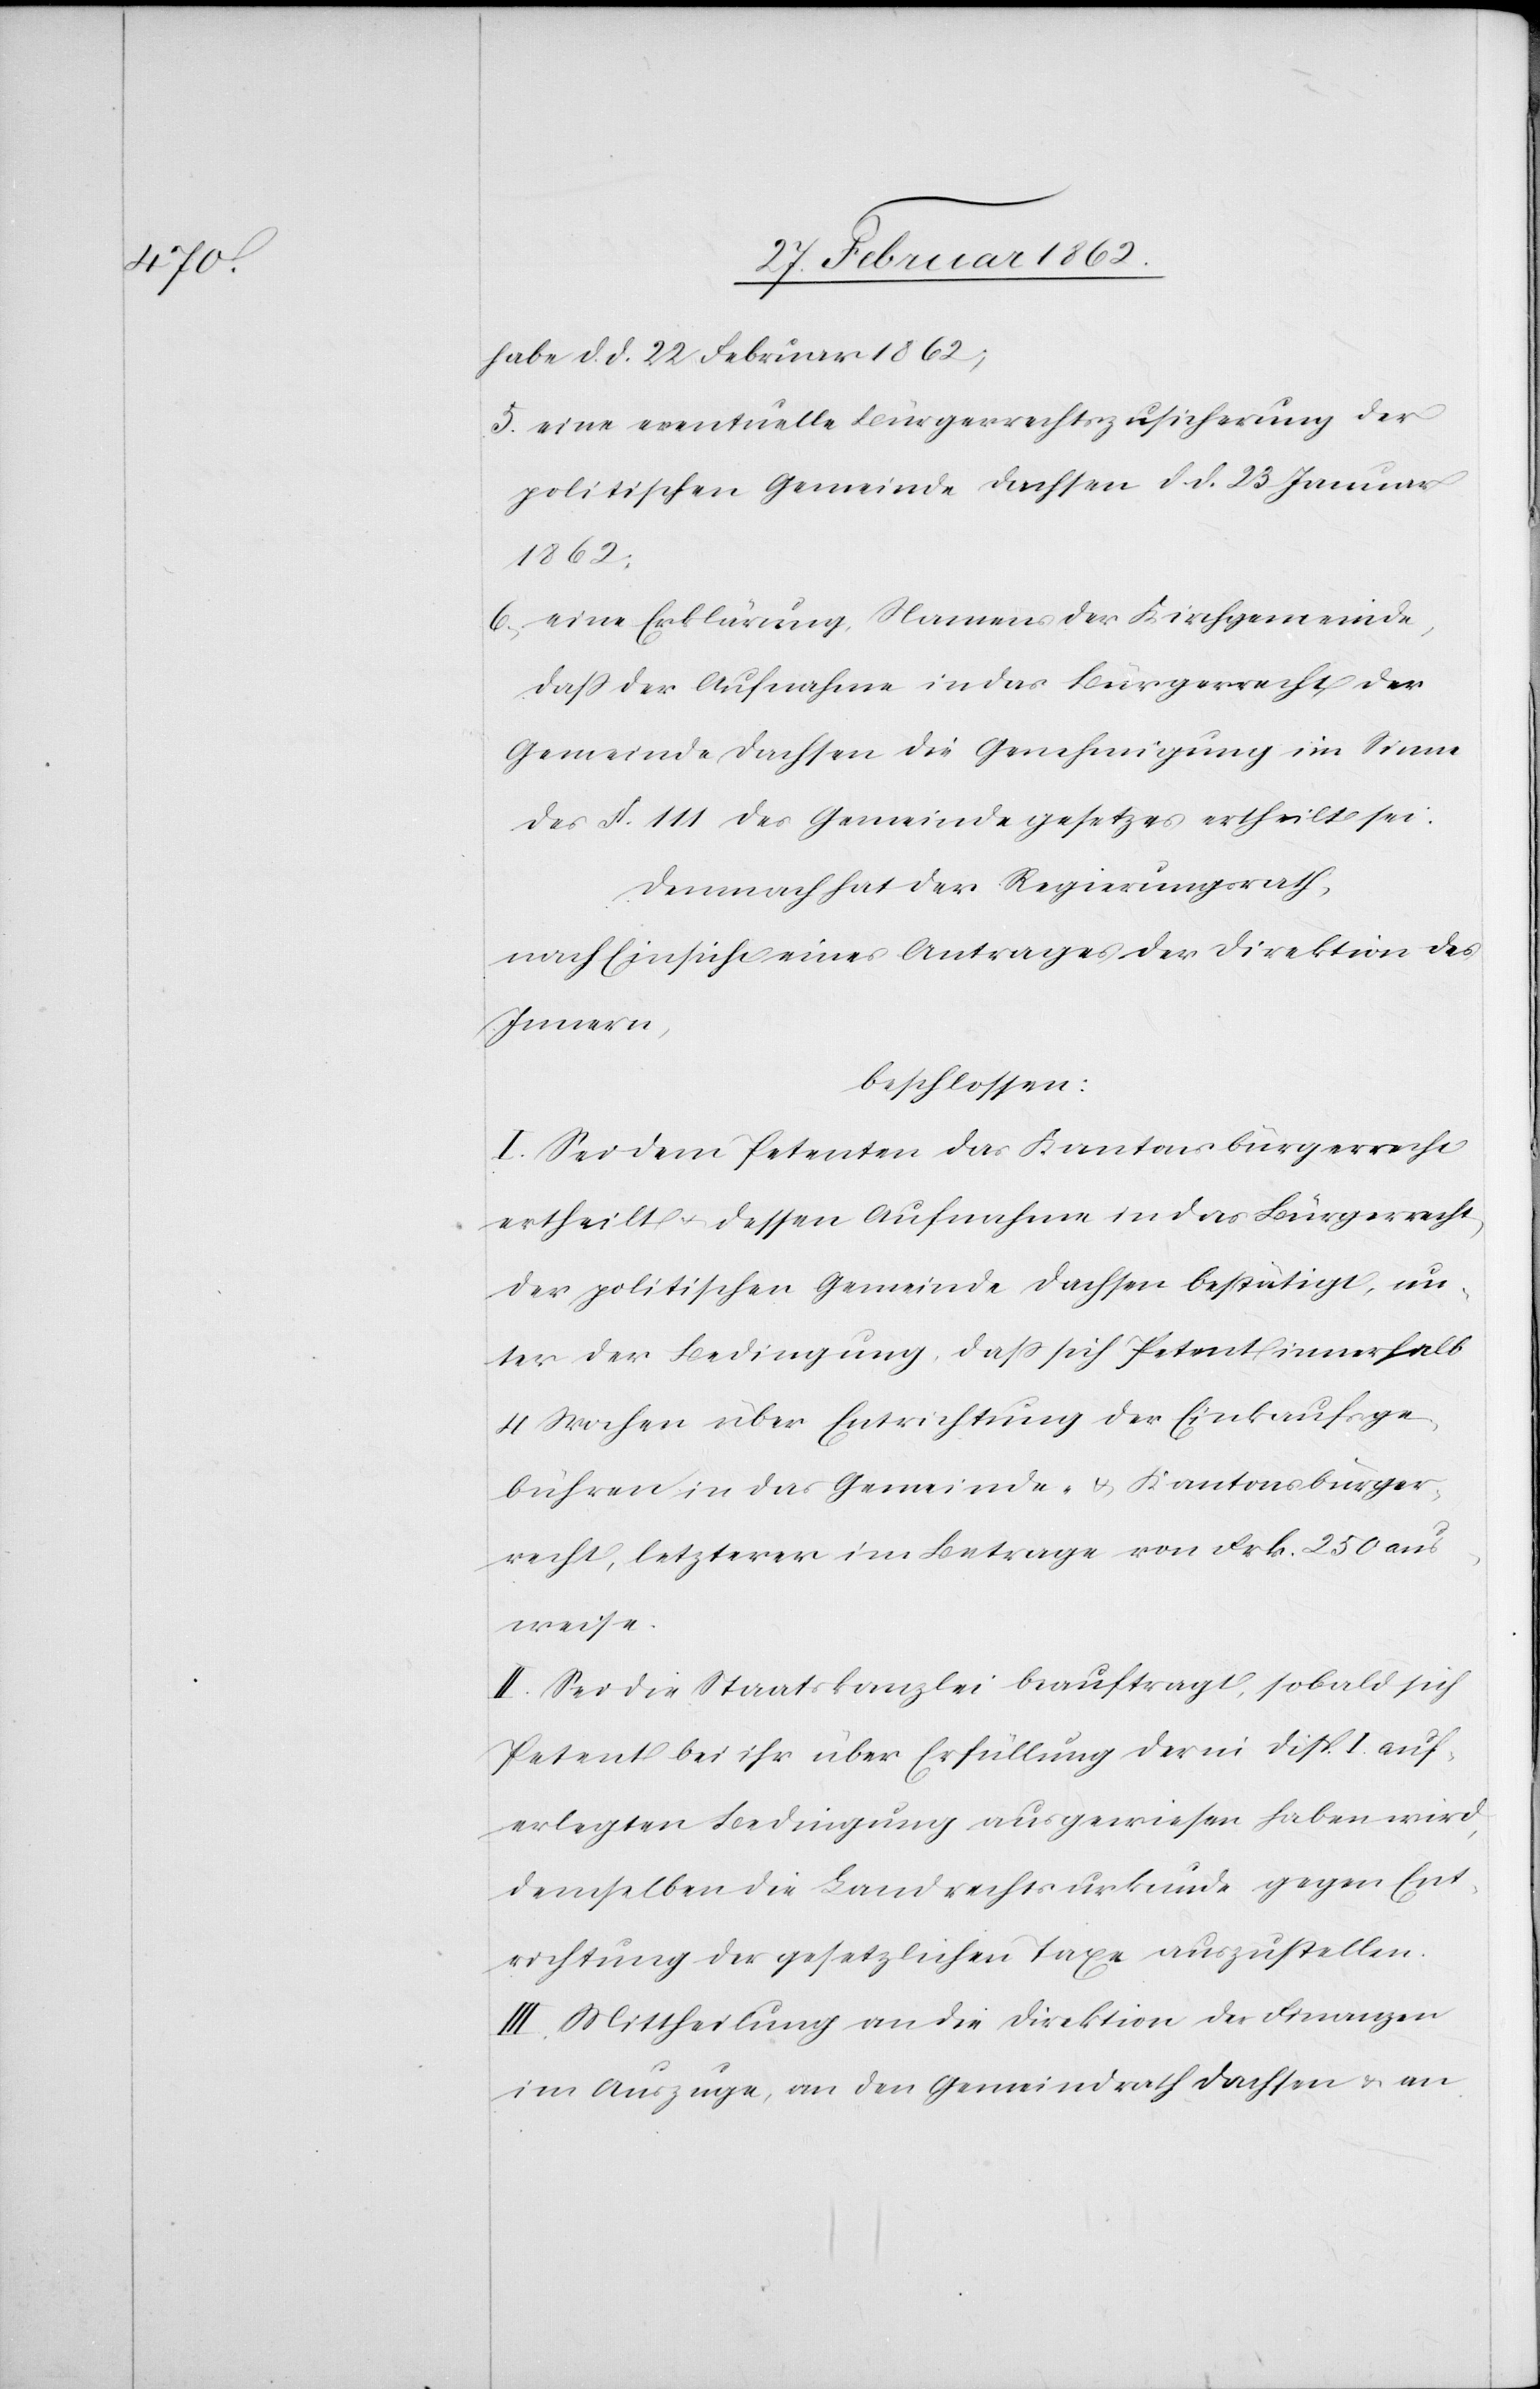
habe d. d. 22 Februar 1862;
5) eine eventuelle Bürgerrechtszusicherung der
politischen Gemeinde Dachsen d. d. 23 Januar
1862;
6) eine Erklärung, Namens der Kirchgemeinde,
daß der Aufnahme in das Bürgerrecht der
Gemeinde Dachsen die Genehmigung im Sinne
des §. 111 des Gemeindegesetzes ertheilt sei.
Demnach hat der Regierungsrath,
nach Einsicht eines Antrages der Direktion des
Innern,
beschlossen:
I. Sei dem Petenten das Kantonsbürgerrecht
ertheilt u. dessen Aufnahme in das Bürgerrecht
der politischen Gemeinde Dachsen bestätigt, un¬
ter der Bedingung, daß sich Petent innerhalb
4 Wochen über Entrichtung der Einkaufsge¬
bühren in das Gemeinde- u. Kantonsbürger¬
recht, letzterer im Betrage von Frk. 250 aus¬
weise.
II. Sei die Staatskanzlei beauftragt, sobald sich
Petent bei ihr über Erfüllung der in Disp. I. auf¬
erlegten Bedingung ausgewiesen haben wird,
demselben die Landrechtsurkunde gegen Ent¬
richtung der gesetzlichen Taxe auszustellen.
III. Mittheilung an die Direktion der Finanzen
im Auszuge, an den Gemeindrath Dachsen u. an